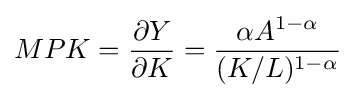
MPK={\frac {\partial Y}{\partial K}}={\frac {\alpha A^{1-\alpha }}{(K/L)^{1-\alpha }}}